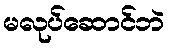
မလုပ်ဆောင်ဘဲ